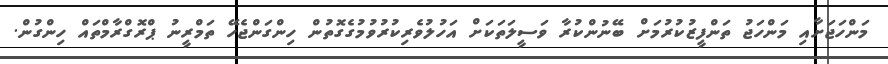
މަންހަޖަށާއި މަންހަޖު ތަންފީޒުކުރުމަށް ބޭނުންކުރާ ވަސީލަތަކަށް އަހުލުވެރިކުރުވުމުގެގޮތުން ހިންގަންޖެހޭ ތަމްރީނު ޕްރޮގްރާމްތައް ހިންގުން.